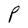
Character: P